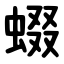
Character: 蝃